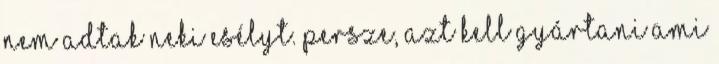
nem adtak neki esélyt. Persze, azt kell gyártani ami